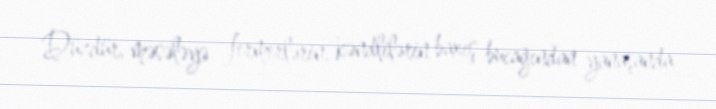
Düzdür, məsələyə fermerlərin, kəndlilərin baxış bucağından yanaşanda